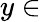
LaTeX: y\in